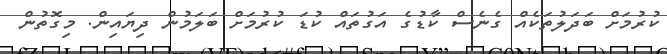
ކުރުމަށް ބަދަލުތަކެއް ގެނެސް ކާޑުގެ އަގުތައް ކުޑަ ކުރުމަށް ބަލަމުން ދިޔައިން. މިގޮތުން